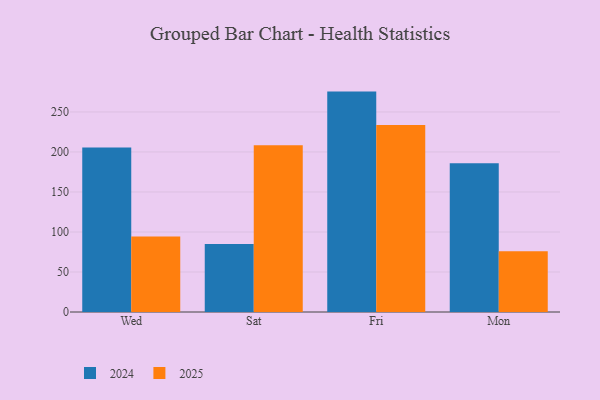
{"axis": {"x": "Day", "y": "Shipments"}, "legend": ["2024", "2025"], "data": [{"x": "Wed", "y": 205.4, "type": "2024"}, {"x": "Wed", "y": 94.4, "type": "2025"}, {"x": "Sat", "y": 85.1, "type": "2024"}, {"x": "Sat", "y": 208.5, "type": "2025"}, {"x": "Fri", "y": 275.4, "type": "2024"}, {"x": "Fri", "y": 233.6, "type": "2025"}, {"x": "Mon", "y": 186.0, "type": "2024"}, {"x": "Mon", "y": 75.8, "type": "2025"}]}